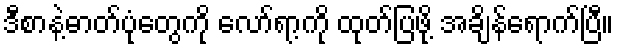
ဒီစာနဲ့ဓာတ်ပုံတွေကို လော်ရာ့ကို ထုတ်ပြဖို့ အချိန်ရောက်ပြီ။